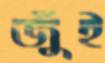
জুঁই